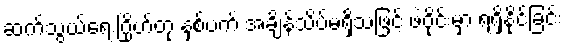
ဆက်သွယ်ရေးဂြိုဟ်တု နှစ်ပက် အချိန်သိပ်မရှိသဖြင့် ဖဲဝိုင်းမှာ ရရှိနိုင်ခြင်း